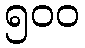
၅၀၀